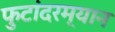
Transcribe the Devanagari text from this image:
फुटांदरम्यान